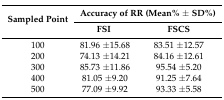
| <ROWSPAN=2> Sampled Point | <COLSPAN=2> Accuracy of RR (Mean% ± SD%) |
 | FSI | FSCS |
 | --- | --- | --- |
 | 100 | 81.96 ±15.68 | 83.51 ±12.57 |
 | 200 | 74.13 ±14.21 | 84.16 ±12.61 |
 | 300 | 85.73 ±11.86 | 95.54 ±5.20 |
 | 400 | 81.05 ±9.20 | 91.25 ±7.64 |
 | 500 | 77.09 ±9.92 | 93.33 ±5.58 |